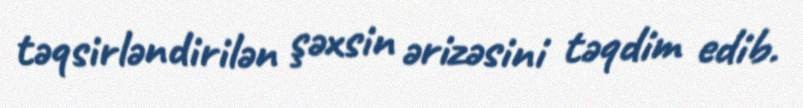
təqsirləndirilən şəxsin ərizəsini təqdim edib.